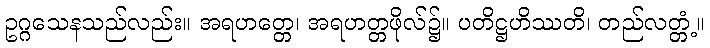
ဥဂ္ဂသေနသည်လည်း။ အရဟတ္တေ၊ အရဟတ္တဖိုလ်၌။ ပတိဋ္ဌဟိဿတိ၊ တည်လတ္တံ့။